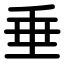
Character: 垂